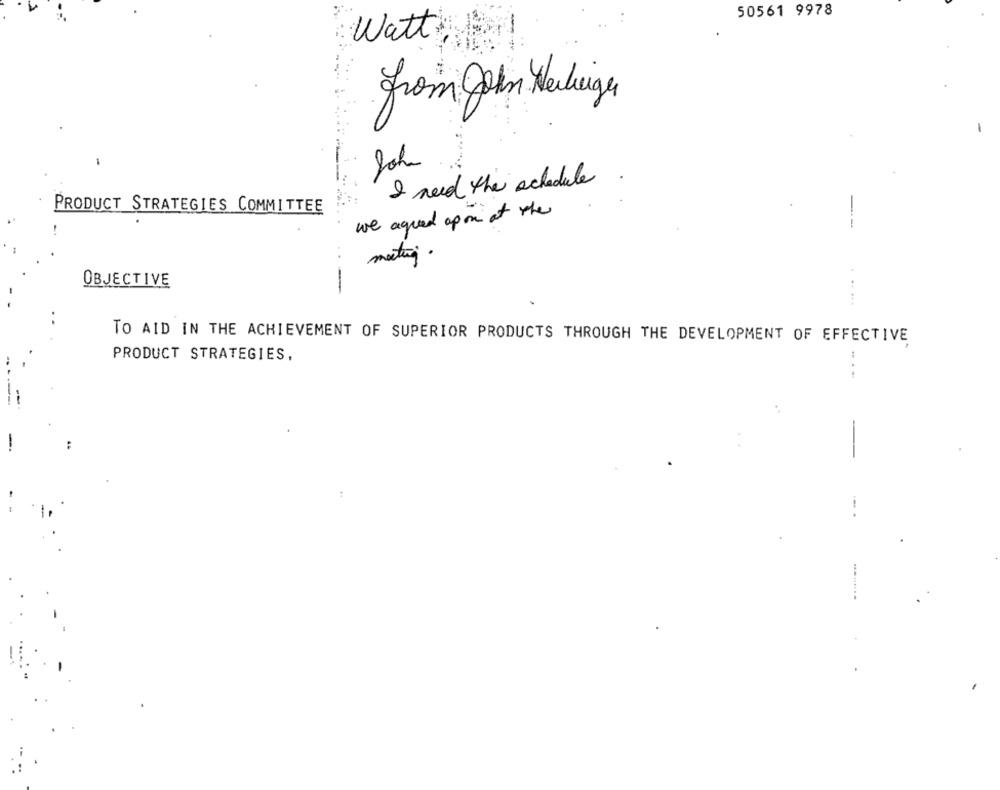
50561 9978
Watt
from John Heiliger
I need the schedule
PRODUCT STRATEGIES COMMITTEE
we agred opon at the
-
meeting.
OBJECTIVE
-
TO AID IN THE ACHIEVEMENT OF SUPERIOR PRODUCTS THROUGH THE DEVELOPMENT OF EFFECTIVE
PRODUCT STRATEGIES,
: